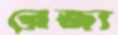
রেজ্য